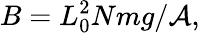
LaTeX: B=L_{0}^{2}Nmg/\mathcal{A},